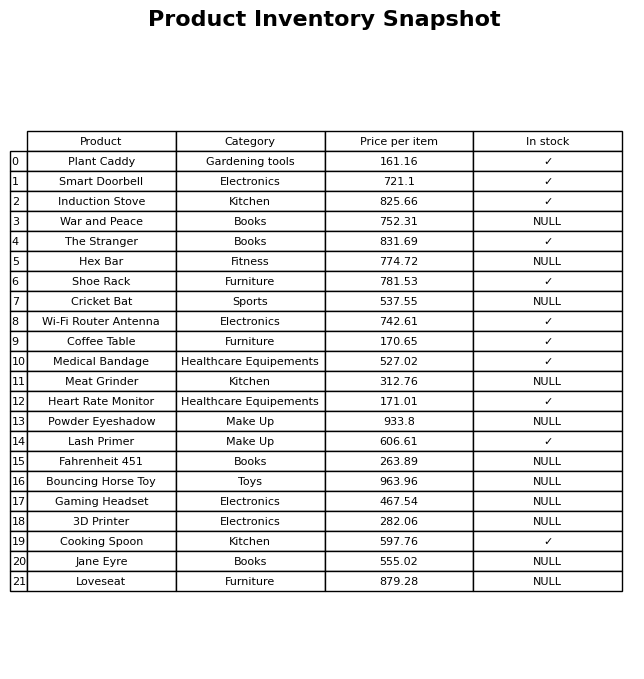
question: What is the price for Meat Grinder?
answer: The price of Meat Grinder is 312.76.